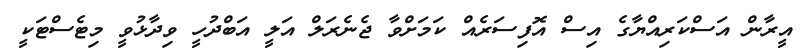
އީރާން އަސްކަރިއްޔާގެ އިސް އޮފިސަރެއް ކަމަށްވާ ޖެނެރަލް އަލީ އަބްދުހީ ވިދާޅުވީ މިޓެސްޓަކީ